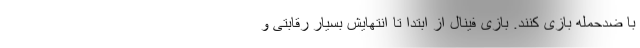
با ضدحمله بازی کنند. بازی فینال از ابتدا تا انتهایش بسیار رقابتی و